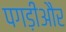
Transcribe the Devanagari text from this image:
पगड़ीऔर